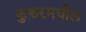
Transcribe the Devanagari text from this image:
कुकरमधील